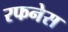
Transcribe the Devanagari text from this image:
रफनेस